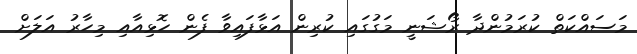
މަސައްކަތް ކުރަމުންދާ ރޯޝަނީ މަގުގައި ކުރިން އަޅާފައިވާ ފެން ހޮޅިއާއި މިހާރު އަލަށް